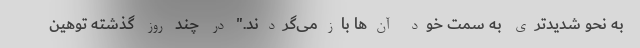
به نحو شدیدتری به سمت خود آن‌ها بازمی‌گردند." در چند روز گذشته توهین